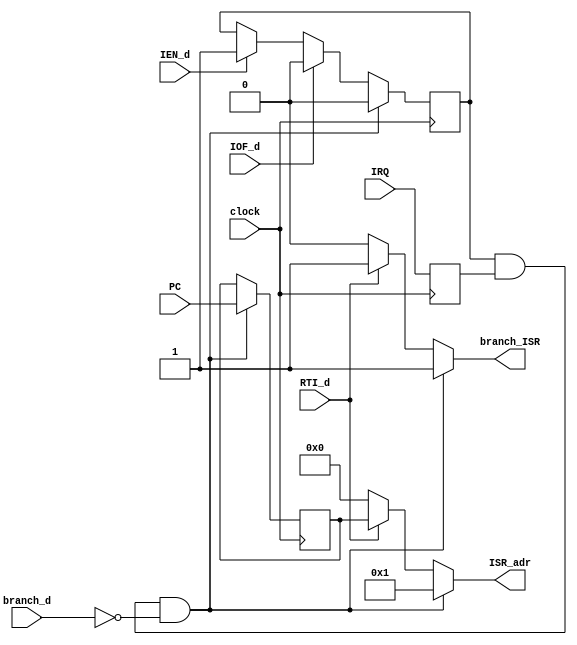
`timescale 1ns / 1ps
//////////////////////////////////////////////////////////////////////////////////
// Company: 
// Engineer: 
// 
// Design Name: 
// Module Name:    interrupt 
// Project Name: 
// Target Devices: 
// Tool versions: 
// Description: 
//
// Dependencies: 
//
// Revision: 
// Revision 0.01 - File Created
// Additional Comments: 
//
//////////////////////////////////////////////////////////////////////////////////
module interrupt(
	input clock,

	input IEN_d,
	input IOF_d,
	input RTI_d,
	input branch_d,
	input IRQ,
	input [11:0] PC,
	
	output reg branch_ISR,
	output reg [11:0] ISR_adr
	);
	
	reg [11:0] return_adr;

	reg IEN_reg;
	reg IRQ_reg;
	reg I;

	initial begin
		IEN_reg = 0;
		return_adr = 0;
	end
	

	always @(posedge clock) begin
		if (IEN_d == 1)
			IEN_reg = 1;
		if (IOF_d == 1)
			IEN_reg = 0;
			
		if (I == 1) begin
			IEN_reg = 0;
			return_adr = PC;
		end
			
		IRQ_reg = IRQ;
	end

	always @(*) begin
		I <= IEN_reg & IRQ_reg & ~branch_d;
		if (I == 1) begin
			branch_ISR <= 1;
			ISR_adr <= 12'h1;
		end
		else if (RTI_d == 1) begin
			branch_ISR <= 1;
			ISR_adr <= return_adr;
		end
		else begin
			branch_ISR <= 0;
			ISR_adr <= 0;
		end
	end



endmodule